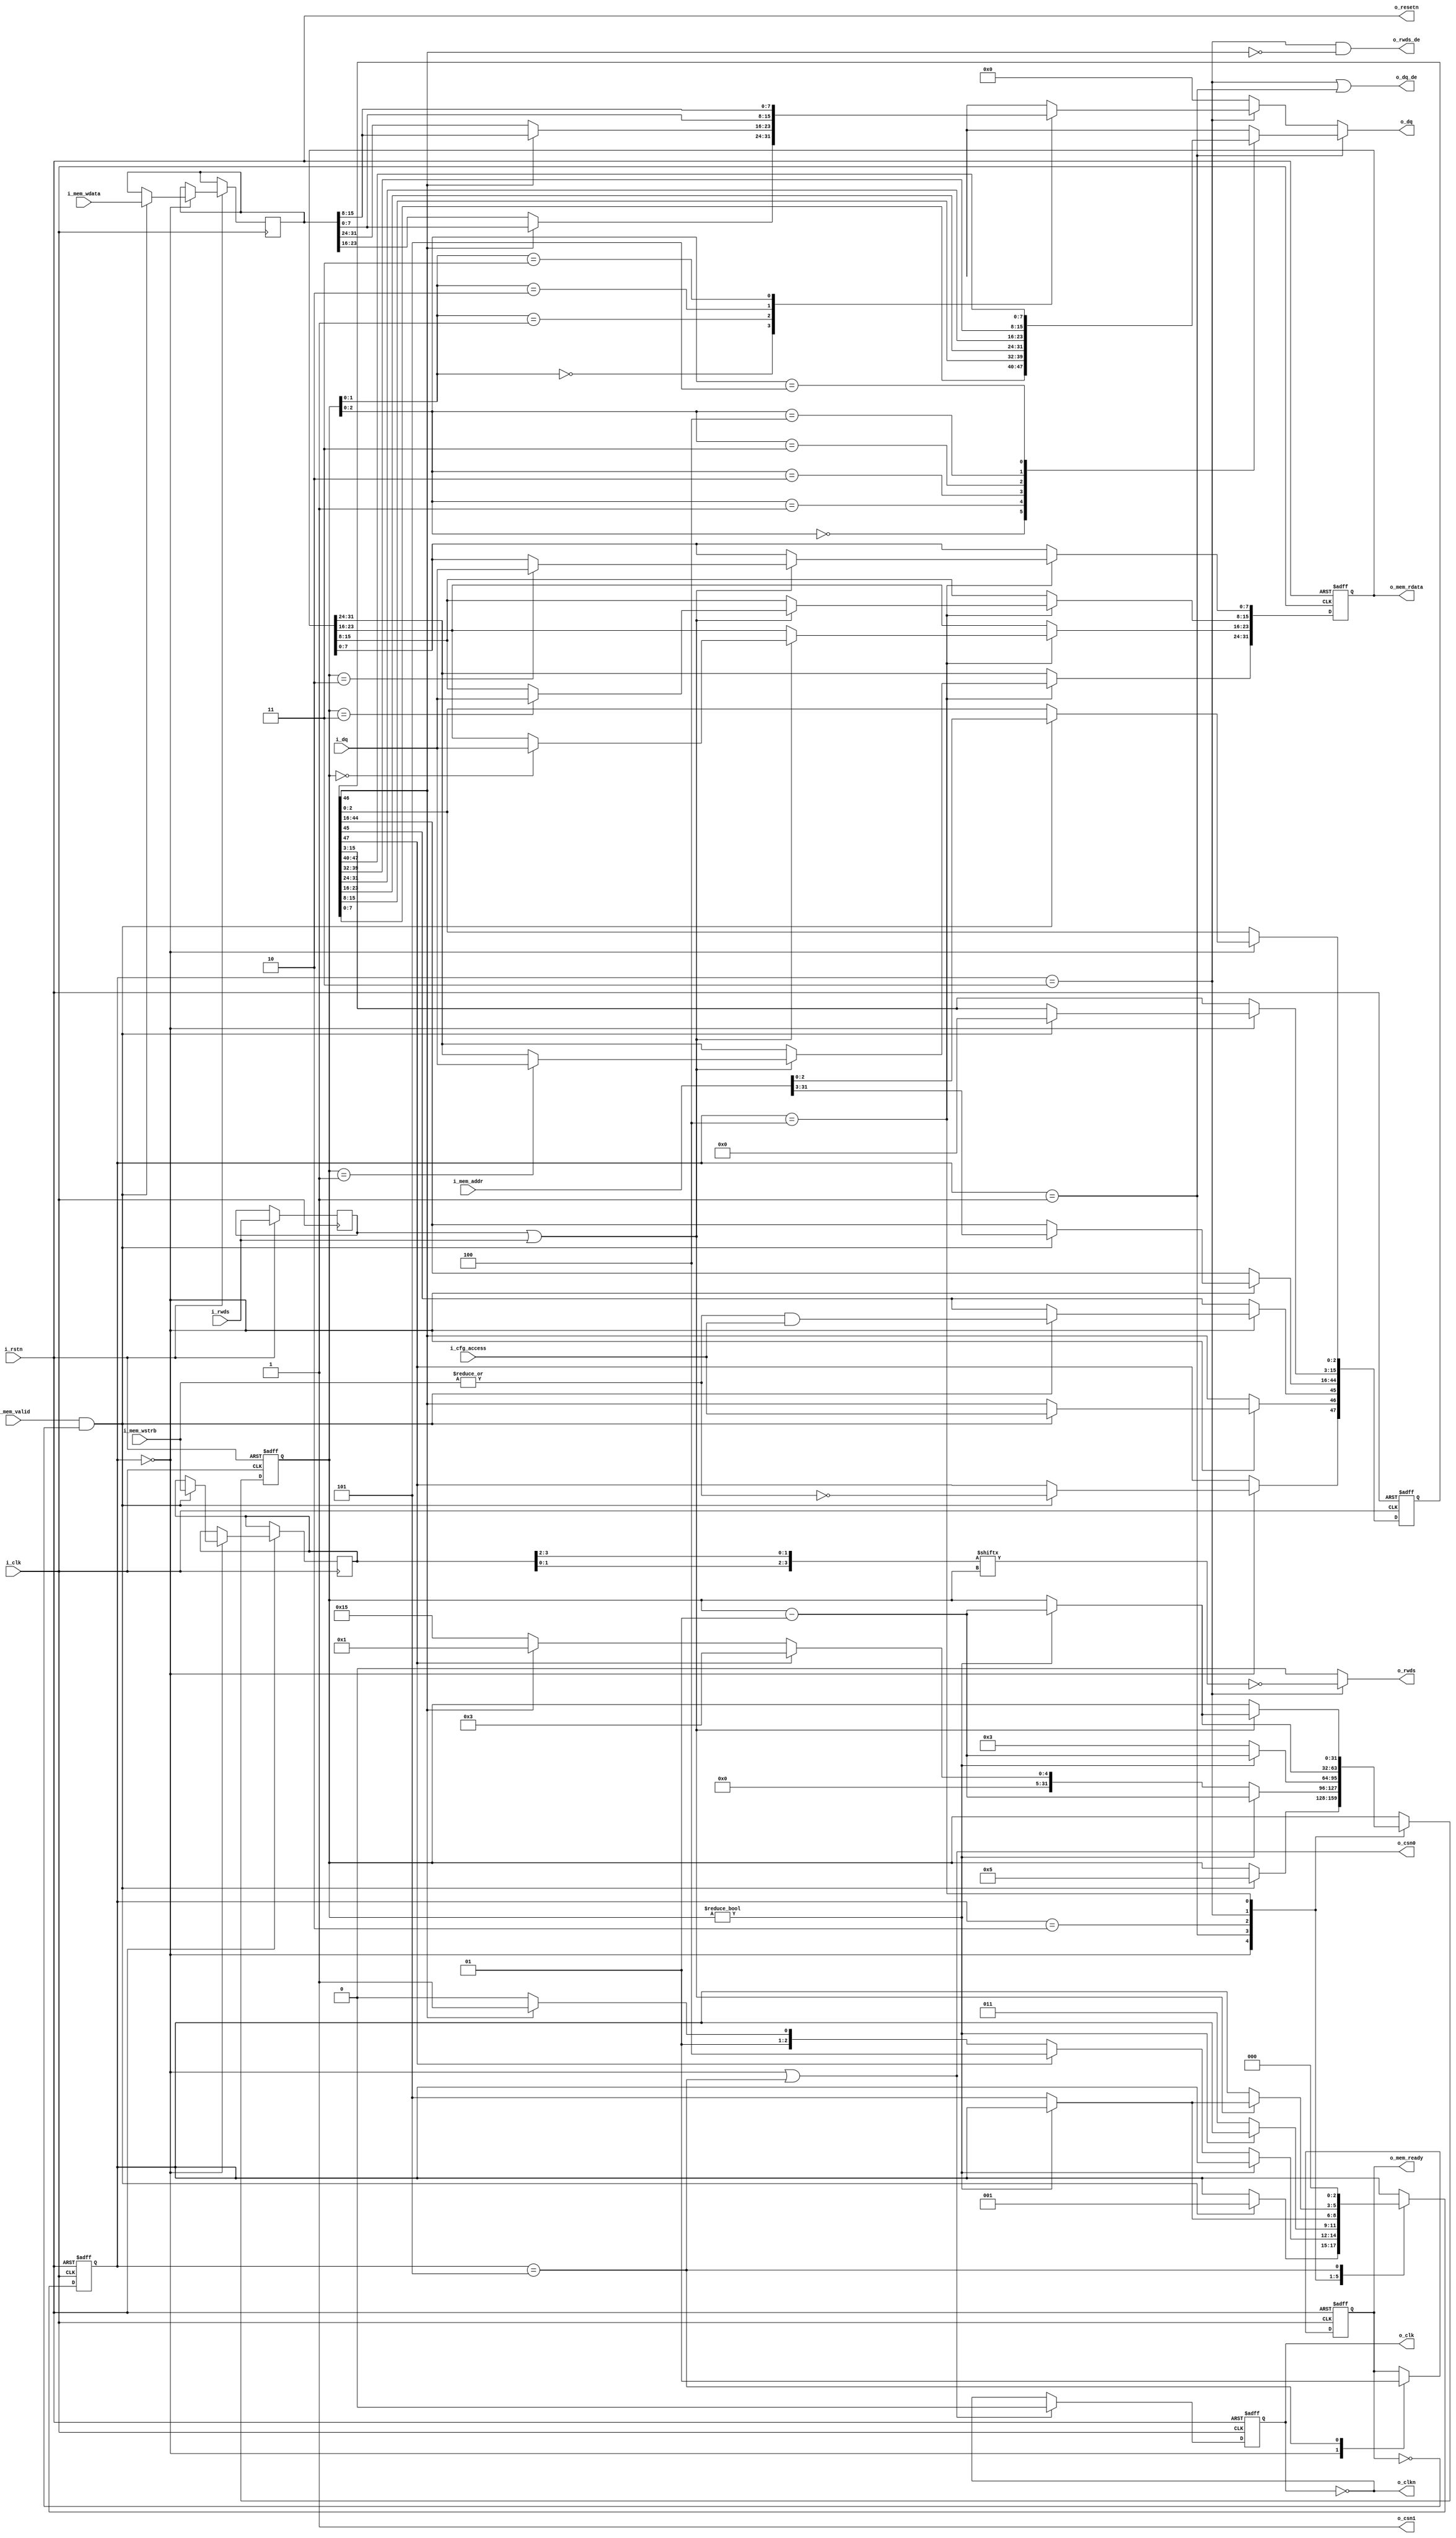
// Copyright 2017 Gnarly Grey LLC

// Permission is hereby granted, free of charge, to any person obtaining a
// copy of this software and associated documentation files (the
// "Software"), to deal in the Software without restriction, including
// without limitation the rights to use, copy, modify, merge, publish,
// distribute, sublicense, and/or sell copies of the Software, and to
// permit persons to whom the Software is furnished to do so, subject to
// the following conditions:

// The above copyright notice and this permission notice shall be included
// in all copies or substantial portions of the Software.

// THE SOFTWARE IS PROVIDED "AS IS", WITHOUT WARRANTY OF ANY KIND, EXPRESS
// OR IMPLIED, INCLUDING BUT NOT LIMITED TO THE WARRANTIES OF
// MERCHANTABILITY, FITNESS FOR A PARTICULAR PURPOSE AND NONINFRINGEMENT.
// IN NO EVENT SHALL THE AUTHORS OR COPYRIGHT HOLDERS BE LIABLE FOR ANY
// CLAIM, DAMAGES OR OTHER LIABILITY, WHETHER IN AN ACTION OF CONTRACT,
// TORT OR OTHERWISE, ARISING FROM, OUT OF OR IN CONNECTION WITH THE
// SOFTWARE OR THE USE OR OTHER DEALINGS IN THE SOFTWARE.


module hbc
	(
		input 			i_clk,
		input 			i_rstn,
		
		input 		  	i_cfg_access,
		input         	i_mem_valid,
		output        	o_mem_ready,
		input  [3:0]  	i_mem_wstrb,
		input  [31:0] 	i_mem_addr,
		input  [31:0] 	i_mem_wdata,
		output [31:0] 	o_mem_rdata,
		
		output       	o_csn0,
		output		 	o_csn1,
		output       	o_clk,
		output       	o_clkn,
		output [7:0] 	o_dq,
		input  [7:0] 	i_dq,
		output       	o_dq_de,
		output       	o_rwds,
		input        	i_rwds,
		output       	o_rwds_de,
		output       	o_resetn
	);
	
	// fsm states
	parameter IDLE 			= 0;
	parameter CAs 			= 1;
	parameter WR_LATENCY 	= 2;
	parameter WRITE 		= 3;
	parameter READ 			= 4;
	parameter DONE 			= 5;
	
	// write latency
	parameter WRITE_LATENCY = 6*2+10 - 1;
	
	reg 	[2:0] 	state;
	reg 	[47:0] 	ca;
	reg 	[31:0] 	wdata;
	reg 	[3:0]	wstrb;
	integer 		counter;

	reg 			mem_ready;
	reg 	[31:0] 	mem_rdata;
	reg 			rwds_d;
	wire 			rwds_valid;

	wire 	[7:0] 	ca_words[5:0];
	wire 	[7:0] 	wdata_words[3:0];
	wire 	[3:0] 	wstrb_words;
	
	// fsm
	always @(posedge i_clk or negedge i_rstn) begin
		if(!i_rstn) begin
			ca 			<= 48'h0;
			state 		<= IDLE;
			mem_ready 	<= 1'b0;
			mem_rdata 	<= 0;
			counter 	<= 0;
		end else begin
			rwds_d <= i_rwds;
			case (state)
				IDLE : begin// wait for mem transaction
					mem_ready 		<= 1'b0;
					if(i_mem_valid && !mem_ready) begin
						ca[47] 		<= ~(|i_mem_wstrb);
						ca[46] 		<= i_cfg_access;
						ca[45] 		<= (|i_mem_wstrb) & i_cfg_access;
						ca[44:16] 	<= i_mem_addr[31:3];
						ca[15:3] 	<= 0;
						ca[2:0] 	<= i_mem_addr[2:0];
						wdata 		<= i_mem_wdata;
						wstrb 		<= i_mem_wstrb;
						counter		<= 5;
						state 		<= CAs;
					end
				end
				CAs: begin
					if(counter) begin
						counter 	<= counter - 1;
					end else if(ca[47]) begin // read
						counter 	<= 3;
						state   	<= READ;
					end else begin
						if (ca[46]) begin // write to register
							counter <= 1;
							state 	<= WRITE;
						end else begin // write to memory
							counter <= WRITE_LATENCY;
							state   <= WR_LATENCY;
						end
					end
				end
				WR_LATENCY: begin
					if(counter) begin
						counter <= counter - 1;
					end else begin
						counter <= 3;
						state 	<= WRITE;
					end 
				end
				WRITE: begin
					if(counter) begin
						counter <= counter - 1;
					end else begin
						state 	<= DONE;
					end 
				end 
				READ : begin
					if(rwds_valid) begin
						case (counter) 
							3: mem_rdata[15:8] 	<= i_dq;
							2: mem_rdata[7:0] 	<= i_dq;
							1: mem_rdata[31:24] <= i_dq;
							0: mem_rdata[23:16] <= i_dq;
						endcase	
						if(counter) begin
							counter <= counter - 1;
						end else begin 
							state 	<= DONE;
						end
					end
				end
				DONE: begin
					mem_ready 	<= 1'b1;
					state 		<= IDLE;
				end
			endcase 
		end 	
	end
	
	assign rwds_valid 		= (rwds_d | i_rwds);
	assign ca_words[5] 		= ca[47:40];
	assign ca_words[4] 		= ca[39:32];
	assign ca_words[3] 		= ca[31:24];
	assign ca_words[2] 		= ca[23:16];
	assign ca_words[1] 		= ca[15:8];
	assign ca_words[0] 		= ca[7:0];
	assign wdata_words[3] 	= wdata[15:8];
	assign wdata_words[2] 	= wdata[7:0];
	assign wdata_words[1] 	= ca[46]?wdata[15:8]:wdata[31:24];
	assign wdata_words[0] 	= ca[46]?wdata[7:0]:wdata[23:16];
	assign wstrb_words 		= {wstrb[1], wstrb[0], wstrb[3], wstrb[2]};
	
	reg bus_clk;
	always @(negedge i_clk or negedge i_rstn) begin
		if(!i_rstn)
			bus_clk <= 0;
		else
			bus_clk <= o_csn0 ? 0 : ~bus_clk;
	end
	
	assign o_csn0 		= 	(state == IDLE || state == DONE);
	assign o_csn1 		= 	1'b1;
	assign o_clk 		= 	bus_clk;
	assign o_clkn 		= 	~o_clk;
	assign o_resetn 	= 	i_rstn;
	assign o_dq 		= 	(state == CAs)?		ca_words[counter]:
							(state == WRITE)?	wdata_words[counter]:8'h0;
	assign o_rwds 		= 	(state == WRITE)?	~wstrb_words[counter]:1'b0;
	assign o_dq_de 		= 	(state == WRITE || state == CAs);
	assign o_rwds_de 	= 	(state == WRITE) && (~ca[46]);
	assign o_mem_ready 	=	mem_ready;
	assign o_mem_rdata 	= 	mem_rdata;

endmodule